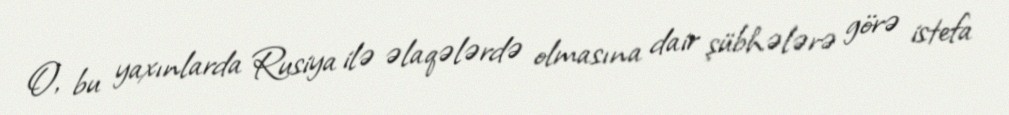
O, bu yaxınlarda Rusiya ilə əlaqələrdə olmasına dair şübhələrə görə istefa